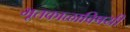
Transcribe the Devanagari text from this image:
भूतकाळाविषयी